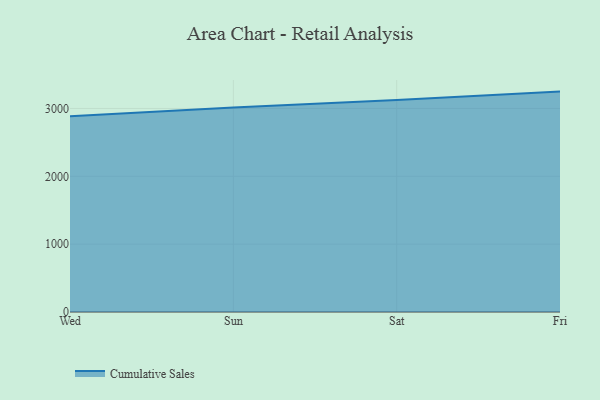
{"axis": {"x": "Day", "y": "Headcount"}, "legend": ["Cumulative Sales"], "data": [{"x": "Wed", "y": 2883.4, "type": "Cumulative Sales"}, {"x": "Sun", "y": 3014.0, "type": "Cumulative Sales"}, {"x": "Sat", "y": 3126.2, "type": "Cumulative Sales"}, {"x": "Fri", "y": 3248.4, "type": "Cumulative Sales"}]}